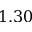
1 . 3 0